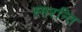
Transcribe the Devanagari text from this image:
स्मरन्ति